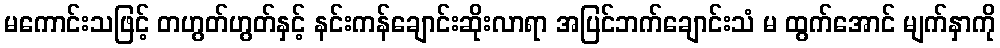
မကောင်းသဖြင့် တဟွတ်ဟွတ်နှင့် နင်းကန်ချောင်းဆိုးလာရာ အပြင်ဘက်ချောင်းသံ မ ထွက်အောင် မျက်နှာကို